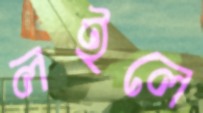
লইলে